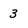
Character: 3